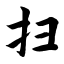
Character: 扫